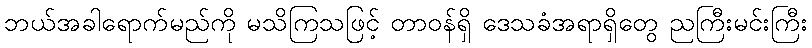
ဘယ်အခါရောက်မည်ကို မသိကြသဖြင့် တာဝန်ရှိ ဒေသခံအရာရှိတွေ ညကြီးမင်းကြီး